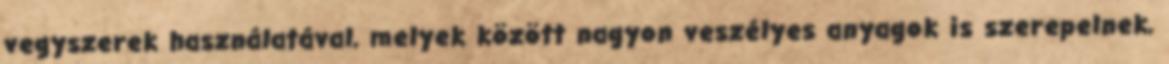
vegyszerek használatával, melyek között nagyon veszélyes anyagok is szerepelnek,